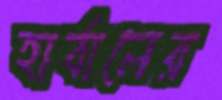
হার্বালের